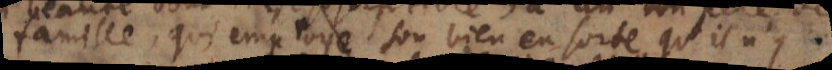
famille, qui employe son bien en sorte qu’il n’y